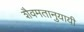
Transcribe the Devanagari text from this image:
शैवमतानुयायी